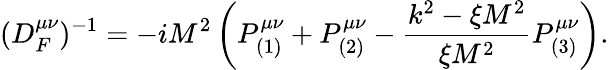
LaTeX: (D_{F}^{\mu\nu})^{-1}=-iM^{2}\left(P_{(1)}^{\mu\nu}+P_{(2)}^{\mu\nu}-\frac{k^{2}-\xi M^{2}}{\xi M^{2}}P_{(3)}^{\mu\nu}\right).